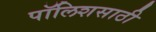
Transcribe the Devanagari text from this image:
पॉलिशसाठी